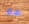
هو